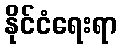
နိုင်ငံရေးရာ